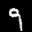
Label: 9